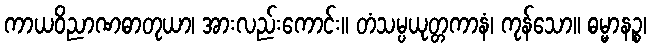
ကာယဝိညာဏဓာတုယာ၊ အားလည်းကောင်း။ တံသမ္ပယုတ္တကာနံ၊ ကုန်သော။ ဓမ္မာနဉ္စ၊